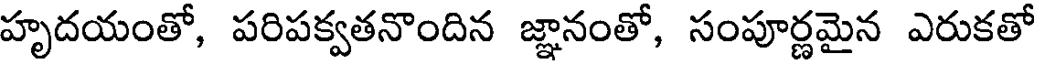
హృదయంతో, పరిపక్వతనొందిన జ్ఞానంతో, సంపూర్ణమైన ఎరుకతో